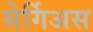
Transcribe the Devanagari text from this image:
सेर्गिअस